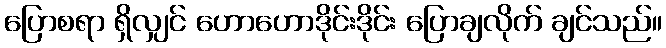
ပြောစရာ ရှိလျှင် ဟောဟောဒိုင်းဒိုင်း ပြောချလိုက် ချင်သည်။